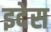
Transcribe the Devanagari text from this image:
इदेस